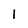
Character: I